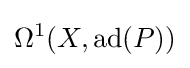
\Omega ^{1}(X,\operatorname {ad} (P))